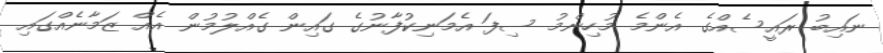
ނައިބު ރައީސެއްގެ އެންމެ މުހިންމު ސިފަ އެމަނިކުފާނުގެ ގައިން ގެއްލުމުން އެއް ޒަމާނެއްގައި